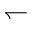
\leftharpoondown